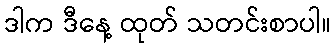
ဒါက ဒီနေ့ ထုတ် သတင်းစာပါ။